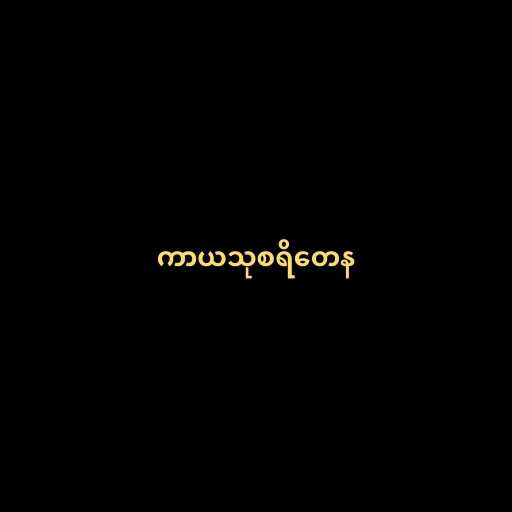
ကာယသုစရိတေန